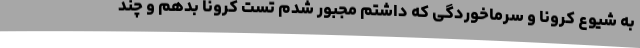
به شیوع کرونا و سرماخوردگی که داشتم مجبور شدم تست کرونا بدهم و چند